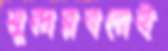
সুন্দরবনেই